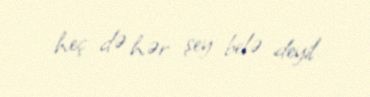
heç də hər şey belə deyil.